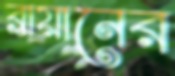
ব্রায়ানের